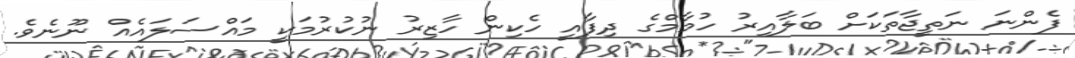
ފެންނަ ނަތީޖާތަކަށް ބަލާއިރު ހުމާމްގެ ދިފާއީ ހެކިން ހާޒިރު ނުކުރުމަކީ މައްސަލައެއް ނޫނެވެ.